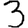
Digit: 3